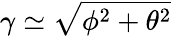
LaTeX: \gamma\simeq\sqrt{\phi^{2}+\theta^{2}}